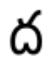
ద